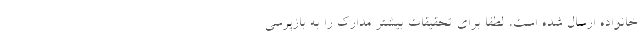
خانواده ارسال شده است،‌ لطفاً برای تحقیقات بیشتر مدارک را به بازپرسی